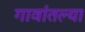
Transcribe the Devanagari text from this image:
गावांतल्या